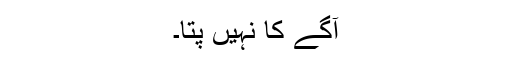
آگے کا نہیں پتا۔